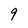
Character: q